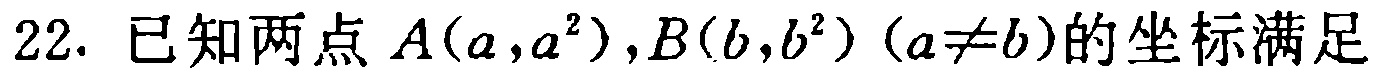
22. 已知两点\(A(a,a^{2}),B(b,b^{2})(a\neq b)\)的坐标满足